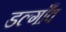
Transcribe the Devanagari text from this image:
डल्गाँव